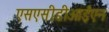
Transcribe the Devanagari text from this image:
एसएसीडीआईएन